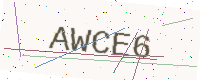
Text: AWCE6